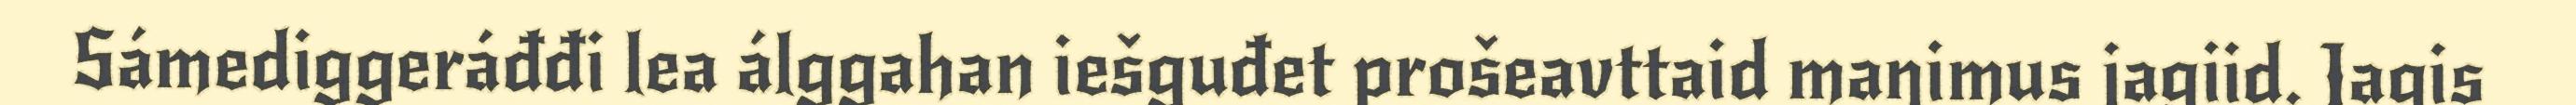
Sámediggeráđđi lea álggahan iešguđet prošeavttaid maŋimus jagiid. Jagis